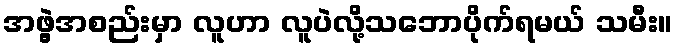
အဖွဲ့အစည်းမှာ လူဟာ လူပဲလို့သဘောပိုက်ရမယ် သမီး။